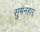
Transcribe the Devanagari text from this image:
सुमनहार